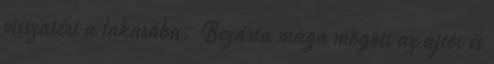
visszatért a lakásába. Bezárta maga mögött az ajtót és